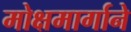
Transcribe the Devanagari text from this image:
मोक्षमार्गाने